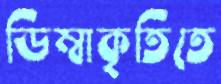
ডিম্বাকৃতিতে